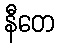
နီတေ